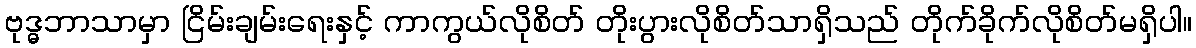
ဗုဒ္ဓဘာသာမှာ ငြိမ်းချမ်းရေးနှင့် ကာကွယ်လိုစိတ် တိုးပွားလိုစိတ်သာရှိသည် တိုက်ခိုက်လိုစိတ်မရှိပါ။